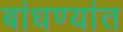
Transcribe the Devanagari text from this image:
बांधण्यांत